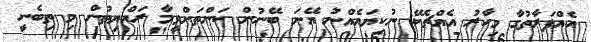
އެއްފަރާތުގާ މިހާރު އެއްޗެކޭ ނުކިޔައެއްނު އޭނަ ބޭނުން ކަންތަށްވީމާ ރައްޔިތުން މި ތިބެނީ